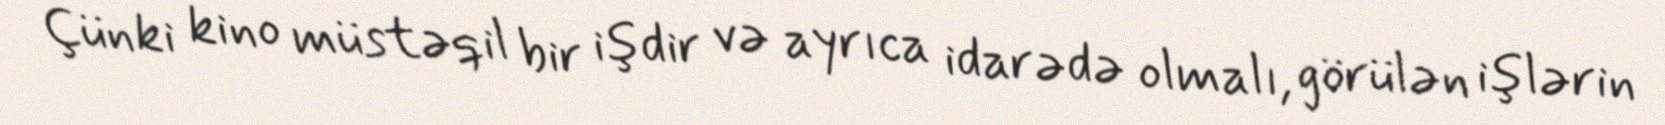
Çünki kino müstəqil bir işdir və ayrıca idarədə olmalı, görülən işlərin